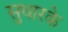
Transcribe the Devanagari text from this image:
सुधारके